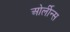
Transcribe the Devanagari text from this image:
ओर्लीन्स